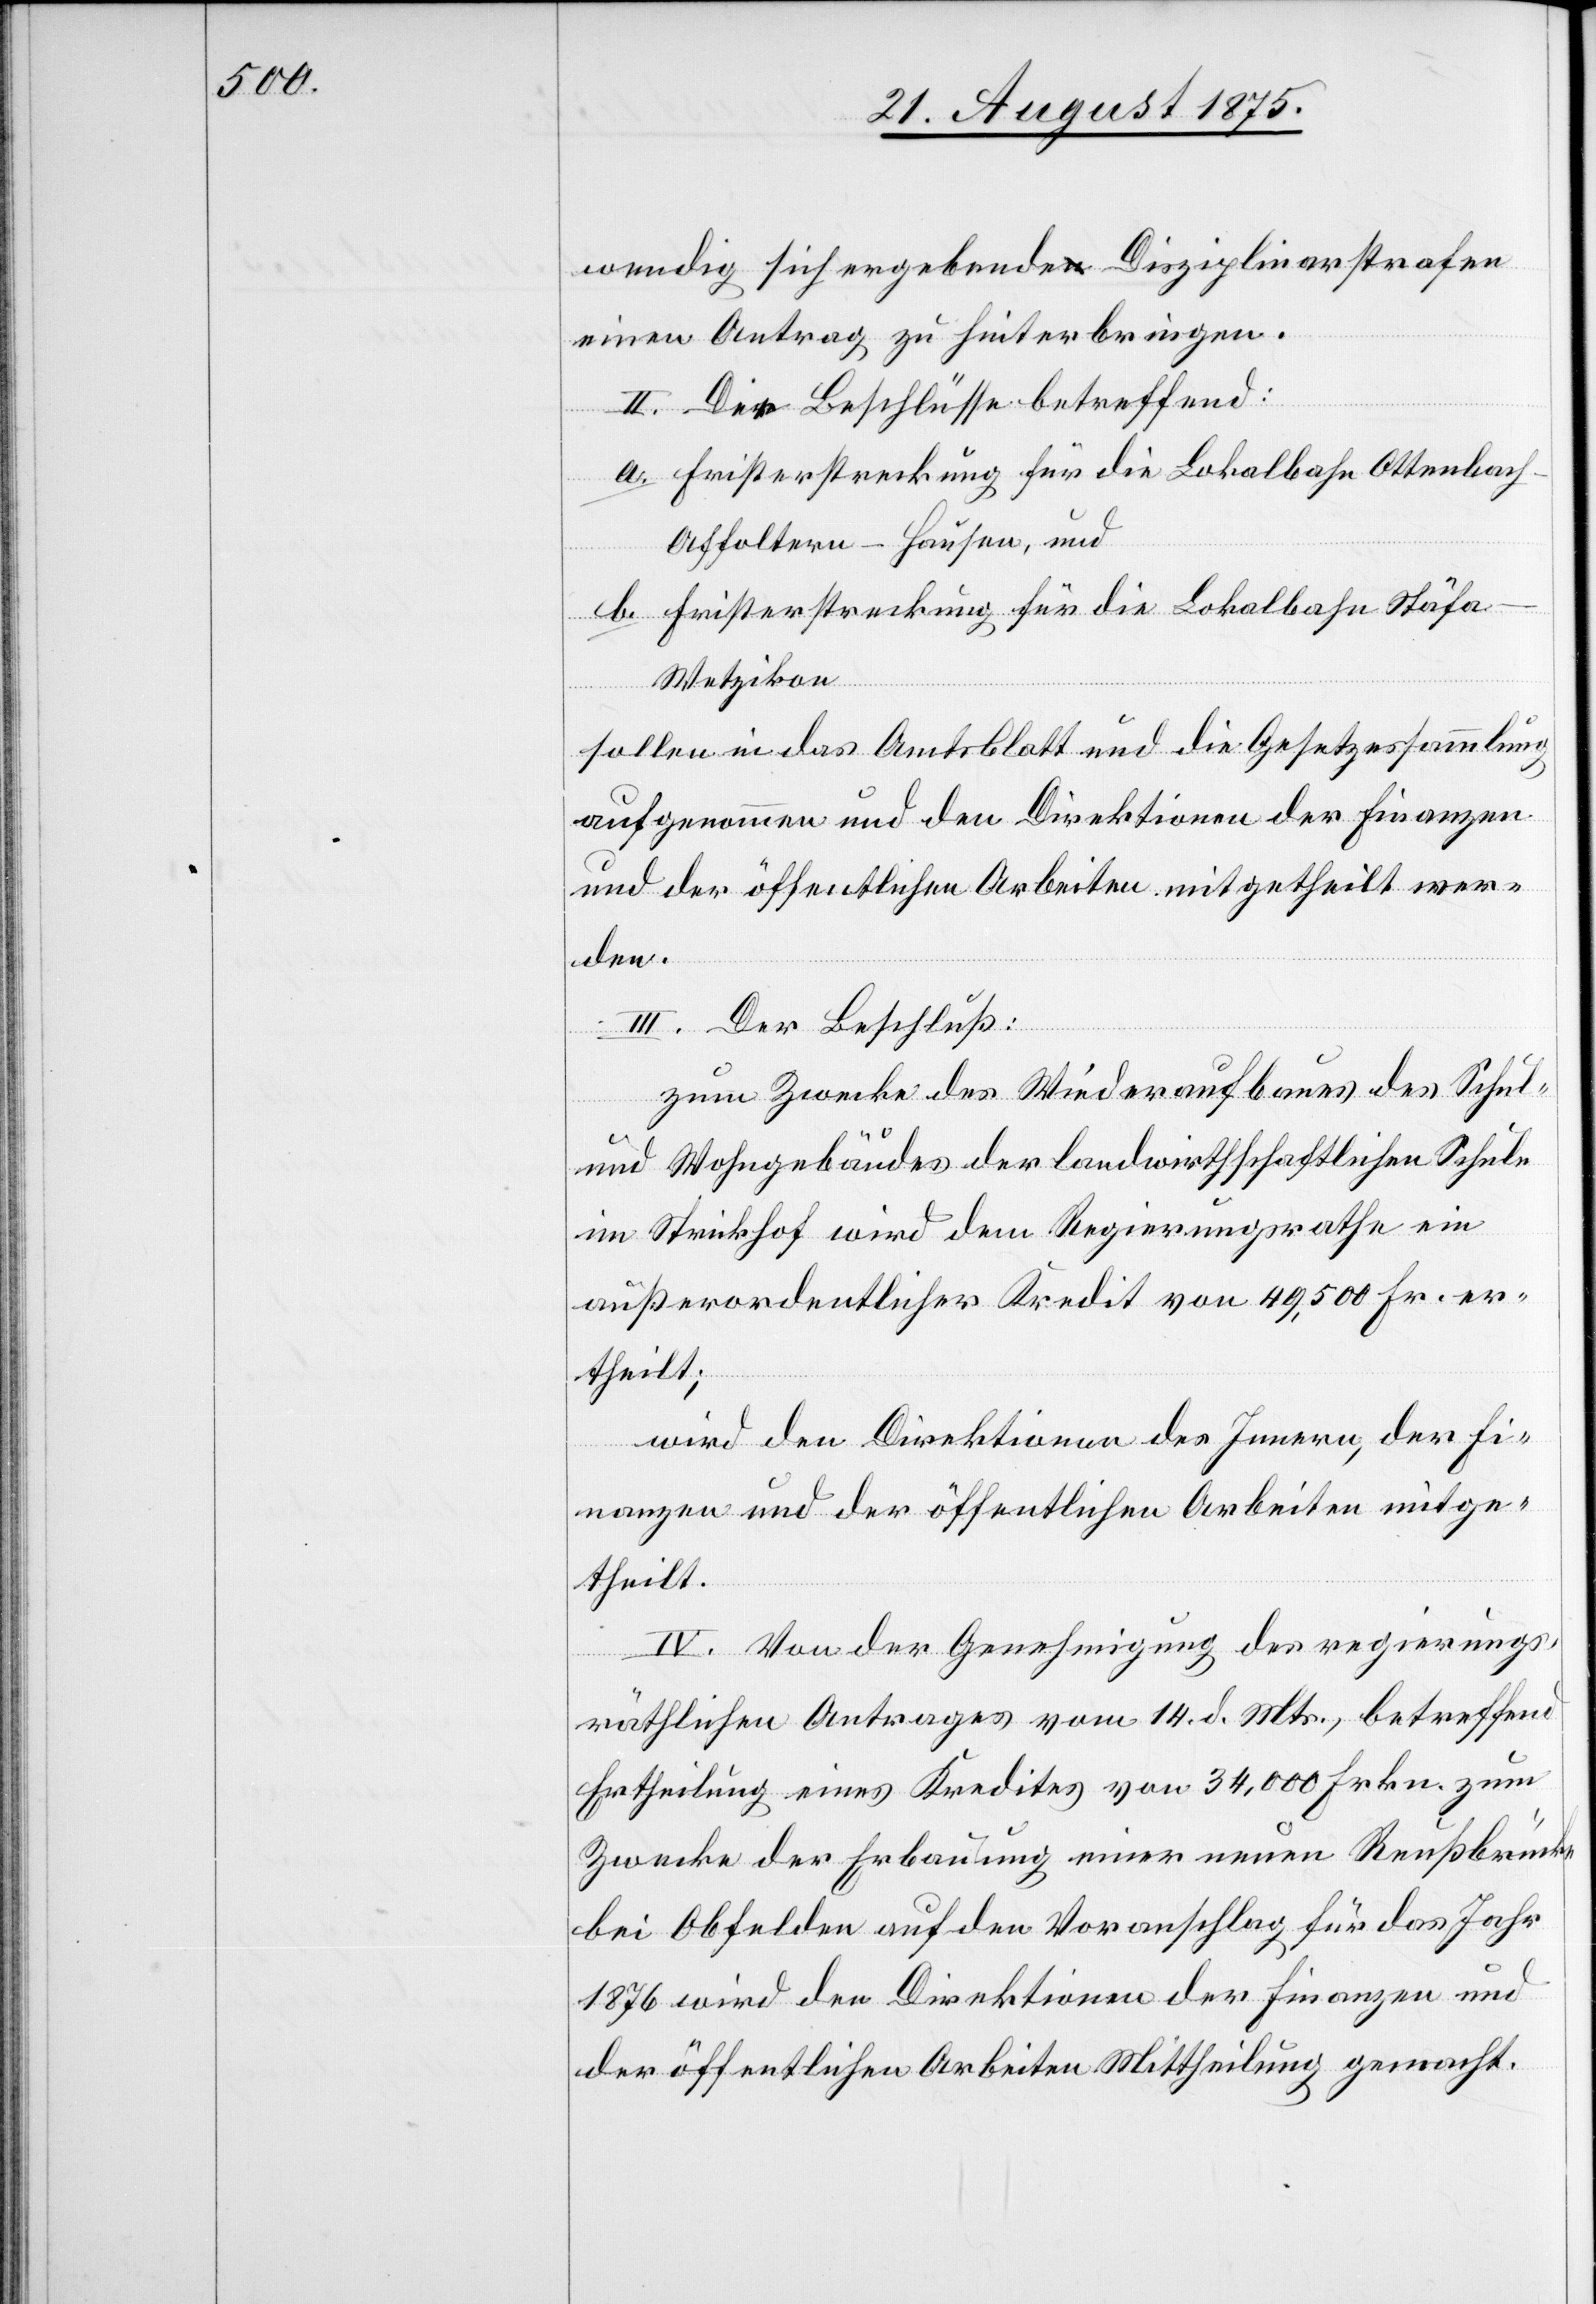
wendig sich ergebende Disziplinarstrafen
einen Antrag zu hinterbringen.
II. Die Beschlüsse betreffend:
a. Fristerstreckung für die Lokalbahn Ottenbac¬
h–Affoltern–Hausen, und
b. Fristerstreckung für die Lokalbahn Stäf¬
a–Wetzikon
sollen in das Amtsblatt und die Gesetzessammlung
aufgenommen und den Direktionen der Finanzen
und der öffentlichen Arbeiten mitgetheilt wer¬
den.
III. Der Beschluß:
zum Zwecke des Wiederaufbaues des Schul-
und Wohngebäudes der landwirthschaftlichen Schule
im Strickhof wird dem Regierungsrathe ein
außerordentlicher Kredit von 49,500 Fr. er¬
theilt;
wird den Direktionen des Innern, der Fi¬
nanzen und der öffentlichen Arbeiten mitge¬
theilt.
IV. Von der Genehmigung des regierungs¬
räthlichen Antrages vom 14. d. Mts., betreffend
Ertheilung eines Kredites von 34,000 Frkn. zum
Zwecke der Erbauung einer neuen Reußbrücke
bei Obfelden auf den Voranschlag für das Jahr
1876 wird den Direktionen der Finanzen und
der öffentlichen Arbeiten Mittheilung gemacht.